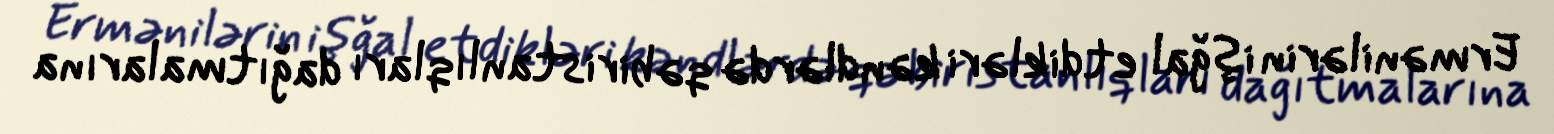
Ermənilərin işğal etdikləri kəndlərdə qəbiristanlıqları dağıtmalarına